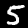
Digit: 5